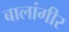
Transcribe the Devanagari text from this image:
बालांगीर